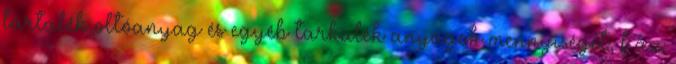
tartalék oltóanyag és egyéb tarkalék anyagok mennyiségét, f az